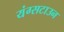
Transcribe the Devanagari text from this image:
यंग्सटाउन